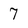
Character: 7